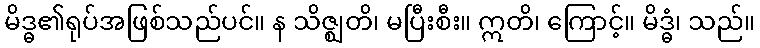
မိဒ္ဓ၏ရုပ်အဖြစ်သည်ပင်။ န သိဇ္ဈတိ၊ မပြီးစီး။ ဣတိ၊ ကြောင့်။ မိဒ္ဓံ၊ သည်။